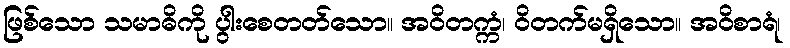
ဖြစ်သော သမာဓိကို ပွါးစေတတ်သော။ အဝိတက္ကံ၊ ဝိတက်မရှိသော။ အဝိစာရံ၊